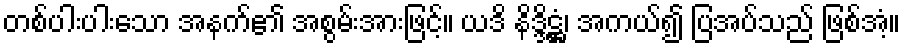
တစ်ပါးပါးသော အနက်၏ အစွမ်းအားဖြင့်။ ယဒိ နိဒ္ဒိဋ္ဌံ၊ အကယ်၍ ပြအပ်သည် ဖြစ်အံ့။